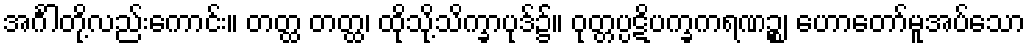
အင်္ဂါတို့လည်းကောင်း။ တတ္ထ တတ္ထ၊ ထိုသို့သိက္ခာပုဒ်၌။ ဝုတ္တပ္ပဋိပက္ခကရဏဉ္စ၊ ဟောတော်မူအပ်သော